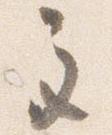
主